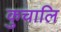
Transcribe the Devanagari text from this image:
कुचालि